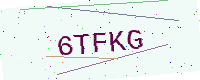
Text: 6TFKG